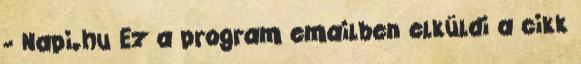
- Napi.hu Ez a program emailben elküldi a cikk